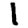
Digit: 1